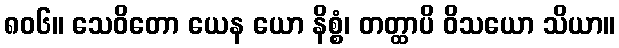
၈၀၆။ သေဝိတော ယေန ယော နိစ္စံ၊ တတ္ထာပိ ဝိသယော သိယာ။